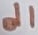
Text: d1